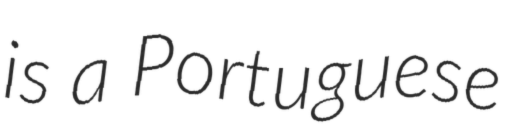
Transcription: is a Portuguese